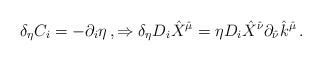
LaTeX: \begin{align*}\delta_{\eta}C_{i}=-\partial_{i}\eta\, ,\Rightarrow \delta_{\eta} D_{i}\hat{X}^{\hat{\mu}}=\eta D_{i}\hat{X}^{\hat{\nu}}\partial_{\hat{\nu}}\hat{k}^{\hat{\mu}}\, .\end{align*}